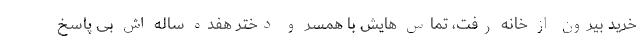
خرید بیرون از خانه رفت، تماس هایش با همسر و دختر هفده ساله اش بی پاسخ